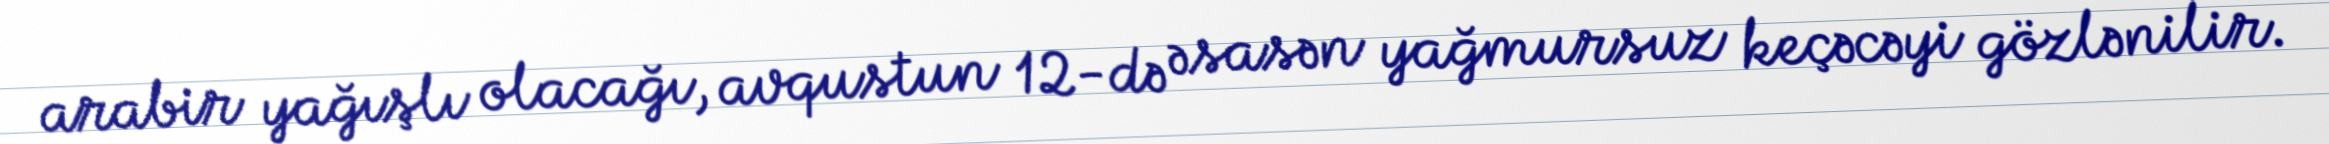
arabir yağışlı olacağı, avqustun 12-də əsasən yağmursuz keçəcəyi gözlənilir.